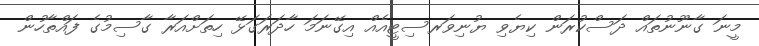
މީނަ ގާނޫނުތައް ދަސްކުރަން ކިޔެވި ޔުނިވަރސިޓީއެއް އިގޭނަމަ ހާދަރަގަޅޭ ހިތަށްއަރާ ގާސިމުގެ ފައްތާހުން